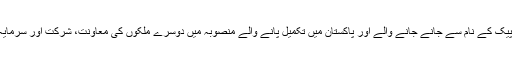
چین کی قیادت ون روڈ ون بیلٹ کے سی پیک کے نام سے جانے جانے والے اور پاکستان میں تکمیل پانے والے منصوبہ میں دوسرے ملکوں کی معاونت، شرکت اور سرمایہ کاری کی حوصلہ افزائی کرتی رہی ہے۔